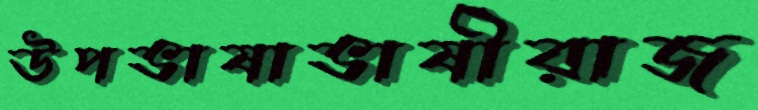
উপভাষাভাষীরাজ